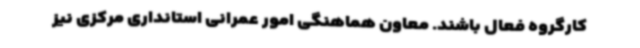
کارگروه فعال باشند. معاون هماهنگی امور عمرانی استانداری مرکزی نیز